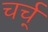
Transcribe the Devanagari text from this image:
चर्च्